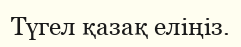
Түгел қазақ еліңіз.